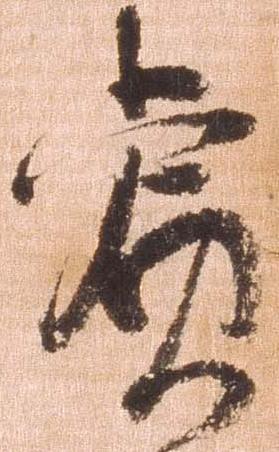
賞